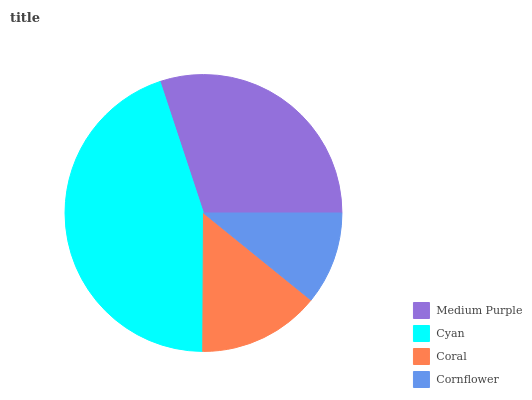
| Medium Purple | Cyan | Coral | Cornflower |
 | --- | --- | --- | --- |
 | 30.1% | 44.9% | 14.2% | 10.8% |